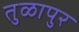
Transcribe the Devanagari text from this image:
तुळापुर